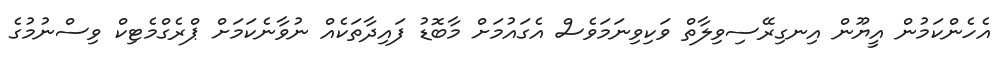
އެހެންކަމުން އީޔޫން އިނގިރޭސިވިލާތް ވަކިވިނަމަވެސް އެގައުމަށް މާބޮޑު ފައިދާތަކެއް ނުވާނެކަމަށް ޕްރެގްމެޓިކް ވިސްނުމުގެ